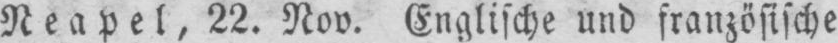
Neapel, 22. Nov. Englische und französische